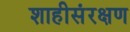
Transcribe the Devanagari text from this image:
शाहीसंरक्षण